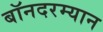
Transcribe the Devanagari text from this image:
बॉनदरम्यान